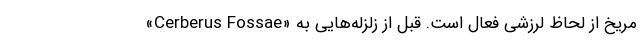
«Cerberus Fossae» مریخ از لحاظ لرزشی فعال است. قبل از زلزله‌هایی به